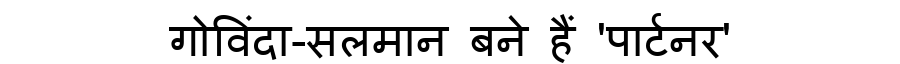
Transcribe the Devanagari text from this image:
गोविंदा-सलमान बने हैं 'पार्टनर'